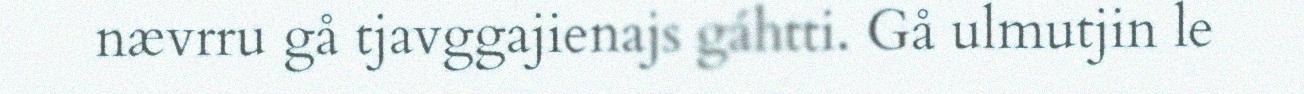
nævrru gå tjavggajienajs gáhtti. Gå ulmutjin le